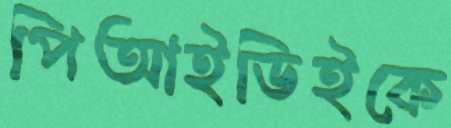
পিআইডিইকে